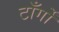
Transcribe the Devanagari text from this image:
टाँर्गों